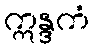
ဣန္ဒကံ